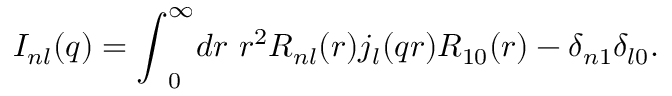
{ \cal I } _ { n l } ( q ) = { \int } _ { 0 } ^ { \infty } d r \ r ^ { 2 } R _ { n l } ( r ) j _ { l } ( q r ) R _ { 1 0 } ( r ) - \delta _ { n 1 } \delta _ { l 0 } .